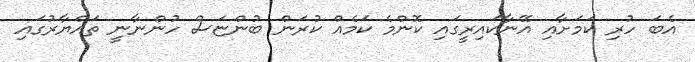
އެބަ ހުރި ކަމަށާއި އޭނާކައިރީގައި ކޮންމެ ކަމެއް ކުރަން ބުންޏަސް ހުންނާނީ ތައްޔާރުގައި